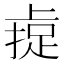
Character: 𫠼